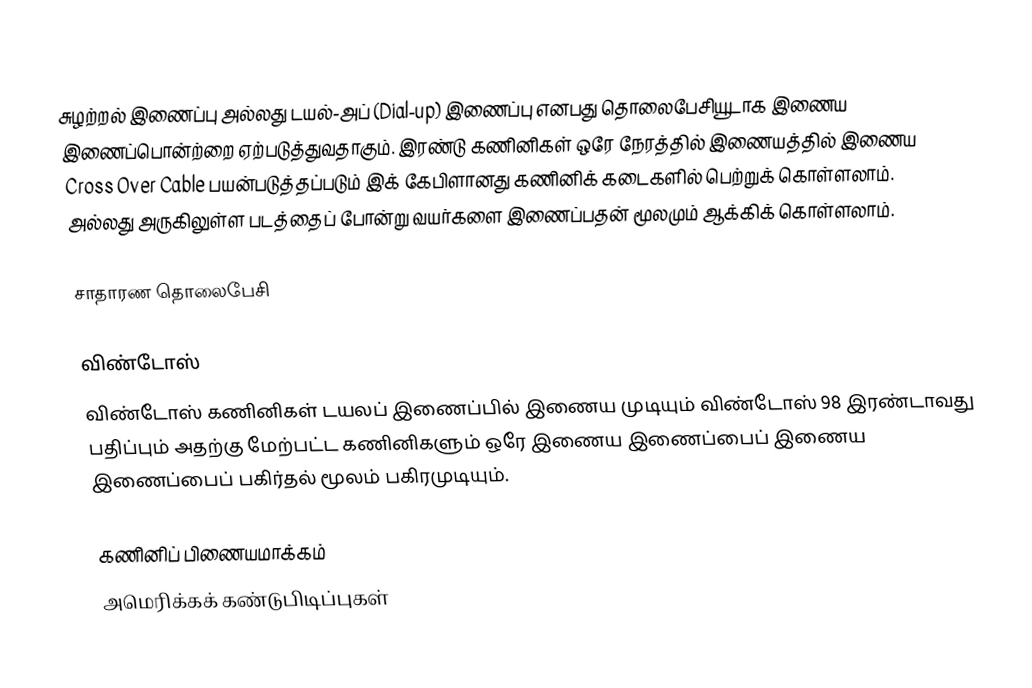
சுழற்றல் இணைப்பு அல்லது டயல்-அப் (Dial-up) இணைப்பு எனபது தொலைபேசியூடாக இணைய இணைப்பொன்ற்றை ஏற்படுத்துவதாகும். இரண்டு கணினிகள் ஒரே நேரத்தில் இணையத்தில் இணைய Cross Over Cable பயன்படுத்தப்படும் இக் கேபிளானது கணினிக் கடைகளில் பெற்றுக் கொள்ளலாம். அல்லது அருகிலுள்ள படத்தைப் போன்று வயர்களை இணைப்பதன் மூலமும் ஆக்கிக் கொள்ளலாம்.

சாதாரண தொலைபேசி

விண்டோஸ்
விண்டோஸ் கணினிகள் டயலப் இணைப்பில் இணைய முடியும் விண்டோஸ் 98 இரண்டாவது பதிப்பும் அதற்கு மேற்பட்ட கணினிகளும் ஒரே இணைய இணைப்பைப் இணைய இணைப்பைப் பகிர்தல் மூலம் பகிரமுடியும்.

கணினிப் பிணையமாக்கம்
அமெரிக்கக் கண்டுபிடிப்புகள்